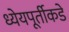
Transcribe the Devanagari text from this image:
ध्येयपूर्तीकडे